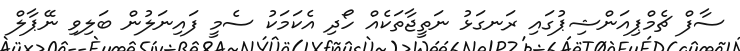
ސާފް ޗެމްޕިއަންޝިޕުގައި ރަނގަޅު ނަތީޖާތަކެއް ހޯދި އެކަމަކު ސެމީ ފައިނަލުން ބަލިވި ނޭޕާލް